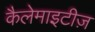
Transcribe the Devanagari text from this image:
कैलेमाइटीज़